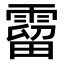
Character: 霤